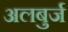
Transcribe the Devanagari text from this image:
अलबुर्ज